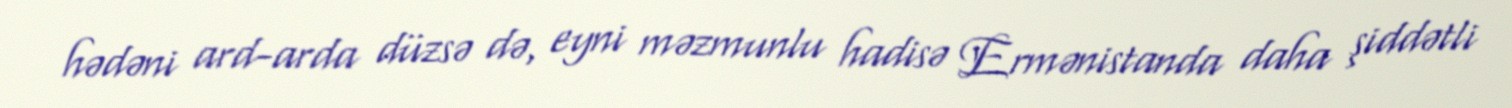
hədəni ard-arda düzsə də, eyni məzmunlu hadisə Ermənistanda daha şiddətli